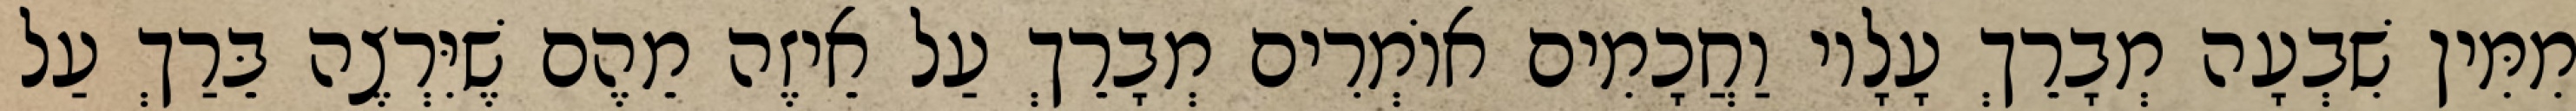
מִמִּין שִׁבְעָה מְבָרֵךְ עָלָיו וַחֲכָמִים אוֹמְרִים מְבָרֵךְ עַל אֵיזֶה מֵהֶם שֶׁיִּרְצֶה בֵּרַךְ עַל